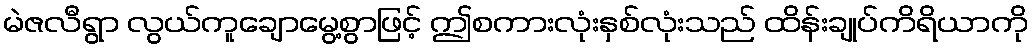
မဲဇလီရွာ လွယ်ကူချောမွေ့စွာဖြင့် ဤစကားလုံးနှစ်လုံးသည် ထိန်းချုပ်ကိရိယာကို